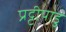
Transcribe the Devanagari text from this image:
प्रट्टीपाडु